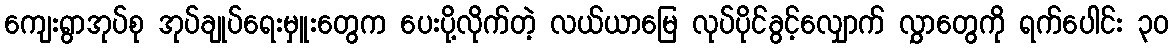
ကျေးရွာအုပ်စု အုပ်ချုပ်ရေးမှူးတွေက ပေးပို့လိုက်တဲ့ လယ်ယာမြေ လုပ်ပိုင်ခွင့်လျှောက် လွှာတွေကို ရက်ပေါင်း ၃၀